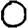
Digit: 0